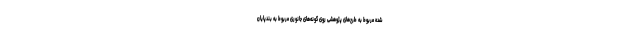
شده مربوط به طرح‌های پژوهشی روی گونه‌های جانوری مربوط به بندپایان